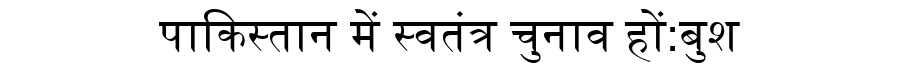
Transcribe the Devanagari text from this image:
पाकिस्तान में स्वतंत्र चुनाव हों:बुश